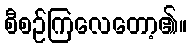
စီစဉ်ကြလေတော့၏။